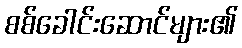
စစ်ခေါင်းဆောင်များ၏